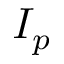
I _ { p }